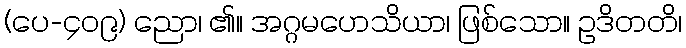
(ပေ-၄၀၉) ညော၊ ၏။ အဂ္ဂမဟေသိယာ၊ ဖြစ်သော။ ဥဒိတတိ၊